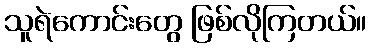
သူရဲကောင်းတွေ ဖြစ်လိုကြတယ်။